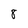
Character: 8